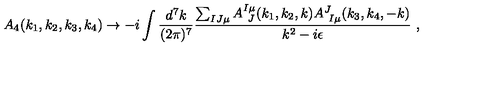
A _ { 4 } ( k _ { 1 } , k _ { 2 } , k _ { 3 } , k _ { 4 } ) \rightarrow - i \int { \frac { d ^ { 7 } k } { ( 2 \pi ) ^ { 7 } } } { \frac { \sum _ { I J \mu } A _ { \ J } ^ { I \mu } ( k _ { 1 } , k _ { 2 } , k ) A _ { \ I \mu } ^ { J } ( k _ { 3 } , k _ { 4 } , - k ) } { k ^ { 2 } - i \epsilon } } \ ,